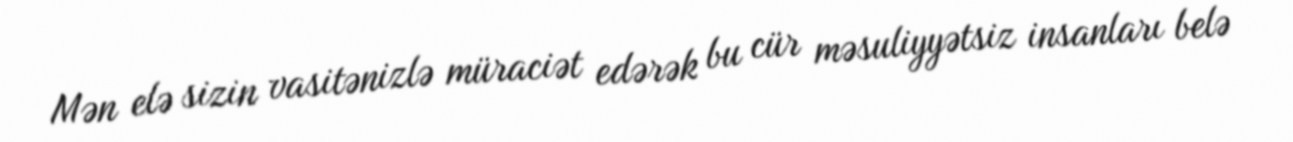
Mən elə sizin vasitənizlə müraciət edərək bu cür məsuliyyətsiz insanları belə